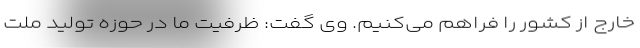
خارج از کشور را فراهم می‌کنیم. وی گفت: ظرفیت ما در حوزه تولید ملت